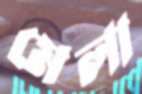
মেলা